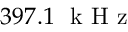
3 9 7 . 1 ~ \mathrm { ~ k ~ H ~ z ~ }